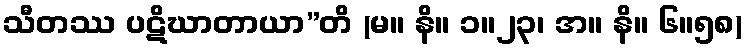
သီတဿ ပဋိဃာတာယာ”တိ (မ။ နိ။ ၁။၂၃၊ အ။ နိ။ ၆။၅၈)